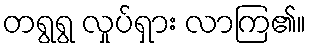
တရွရွ လှုပ်ရှား လာကြ၏။